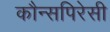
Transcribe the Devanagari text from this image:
कौन्सपिरेसी